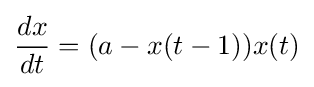
{\frac {dx}{dt}}=(a-x(t-1))x(t)